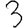
Digit: 3